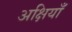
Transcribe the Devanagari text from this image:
अक्षियाँ